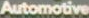
Automotive